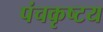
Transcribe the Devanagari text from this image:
पंचकृष्टय